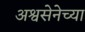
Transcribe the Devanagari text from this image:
अश्वसेनेच्या